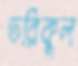
তরিকুল